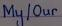
My/Our